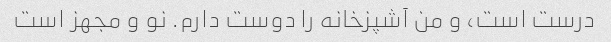
درست است، و من آشپزخانه را دوست دارم. نو و مجهز است